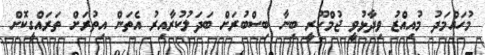
މުހައްމަދު މުއިއްޒު ވިދާޅުވީ ޖުމްހޫރީ ބިނާ ބިސްބުރަށް ބަދަލުކުރާއިރު އެތަން އިތުރަށް ތަރައްގީކޮށް